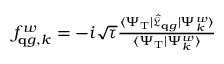
\begin{array} { r } { f _ { \mathbf q g , k } ^ { w } = - i \sqrt { \tau } \frac { \langle \Psi _ { \mathrm { T } } | \hat { \mathfrak L } _ { \mathbf q g } | \Psi _ { k } ^ { w } \rangle } { \langle \Psi _ { \mathrm { T } } | \Psi _ { k } ^ { w } \rangle } } \end{array}